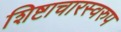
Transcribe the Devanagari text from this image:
शिष्टाचारस्वरुप